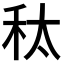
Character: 𮂲